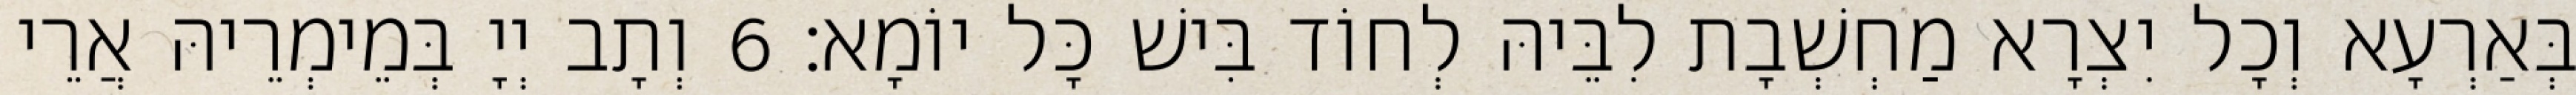
בְּאַרְעָא וְכָל יִצְרָא מַחְשְׁבָת לִבֵּיהּ לְחוֹד בִּישׁ כָּל יוֹמָא׃ 6 וְתָב יְיָ בְּמֵימְרֵיהּ אֲרֵי